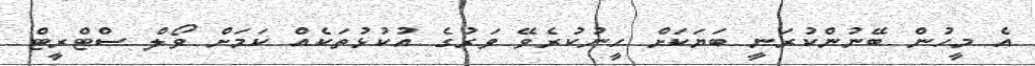
އެ މީހުން ބޭނުންކުރަނީ ބަޔަކަށް ހީނުކުރެވޭ ވަރުގެ އުކުޅުތަކެއް ކަމަށް ވޯލް ސްޓްރީޓް